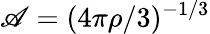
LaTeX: \mathscr{A}=(4\pi\rho/3)^{-1/3}